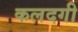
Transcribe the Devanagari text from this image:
कलदगी